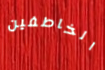
الخاطفين